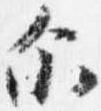
示